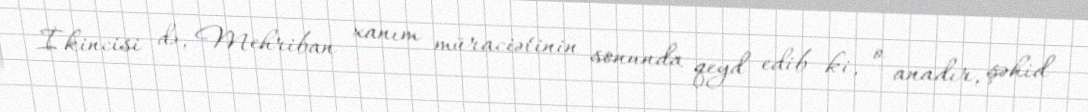
İkincisi də, Mehriban xanım müraciətinin sonunda qeyd edib ki, o anadır, şəhid